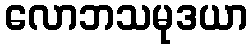
လောဘသမုဒယာ